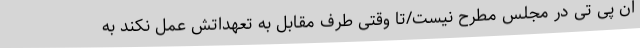
ان پی تی در مجلس مطرح نیست/تا وقتی طرف مقابل به تعهداتش عمل نکند به